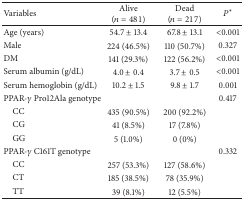
<table><thead><tr><td><b>Variables</b></td><td><b>Alive (<i>n</i> = 481)</b></td><td><b>Dead (<i>n</i> = 217)</b></td><td><b><i>P</i><sup>*</sup></b></td></tr></thead><tbody><tr><td>Age (years)</td><td>54.7 ± 13.4</td><td>67.8 ± 13.1</td><td>&lt;0.001</td></tr><tr><td>Male</td><td>224 (46.5%)</td><td>110 (50.7%)</td><td>0.327</td></tr><tr><td>DM</td><td>141 (29.3%)</td><td>122 (56.2%)</td><td>&lt;0.001</td></tr><tr><td>Serum albumin (g/dL)</td><td>4.0 ± 0.4</td><td>3.7 ± 0.5</td><td>&lt;0.001</td></tr><tr><td>Serum hemoglobin (g/dL)</td><td>10.2 ± 1.5</td><td>9.8 ± 1.7</td><td>0.001</td></tr><tr><td>PPAR-<i>γ</i> Pro12Ala genotype</td><td> </td><td> </td><td>0.417</td></tr><tr><td> CC</td><td> 435 (90.5%)</td><td> 200 (92.2%)</td><td> </td></tr><tr><td> CG</td><td>41 (8.5%)</td><td>17 (7.8%)</td><td> </td></tr><tr><td> GG</td><td>5 (1.0%)</td><td>0 (0%)</td><td> </td></tr><tr><td>PPAR-<i>γ</i> C161T genotype</td><td> </td><td> </td><td>0.332</td></tr><tr><td> CC</td><td> 257 (53.3%)</td><td> 127 (58.6%)</td><td> </td></tr><tr><td> CT</td><td> 185 (38.5%)</td><td> 78 (35.9%)</td><td> </td></tr><tr><td> TT</td><td>39 (8.1%)</td><td>12 (5.5%)</td><td> </td></tr></tbody></table>